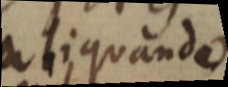
aliquando